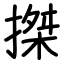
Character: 搩